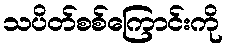
သပိတ်စစ်ကြောင်းကို